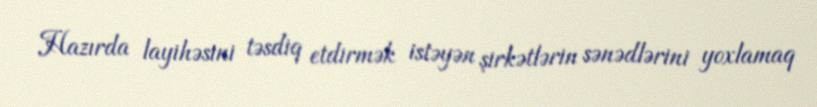
Hazırda layihəsini təsdiq etdirmək istəyən şirkətlərin sənədlərini yoxlamaq